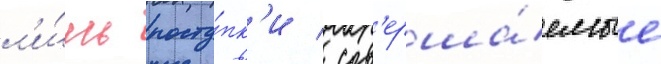
л'и́шь посту́пк'и / сов'ерша́емые